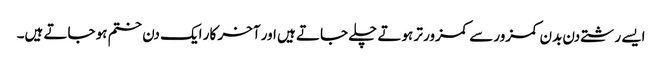
ایسے رشتے دن بدن کمزور سے کمزور تر ہوتے چلے جاتے ہیں اور آخر کار ایک دن ختم ہو جاتے ہیں۔